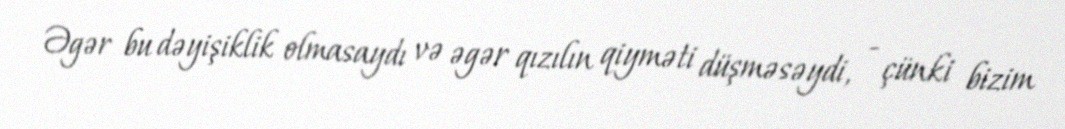
Əgər bu dəyişiklik olmasaydı və əgər qızılın qiyməti düşməsəydi, - çünki bizim